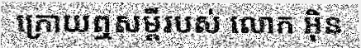
ក្រោយឮសម្តីរបស់ លោក អ៊ិន